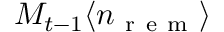
M _ { t - 1 } \langle n _ { \mathrm { ~ r ~ e ~ m ~ } } \rangle